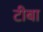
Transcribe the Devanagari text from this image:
टीबा